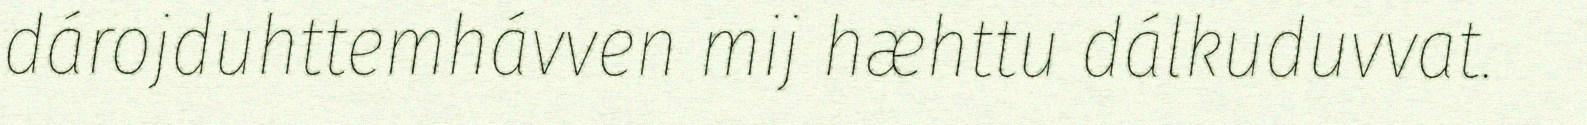
dárojduhttemhávven mij hæhttu dálkuduvvat.